Vaccination in Bombay 1924-1928 - 1924-1928
Year: 1924
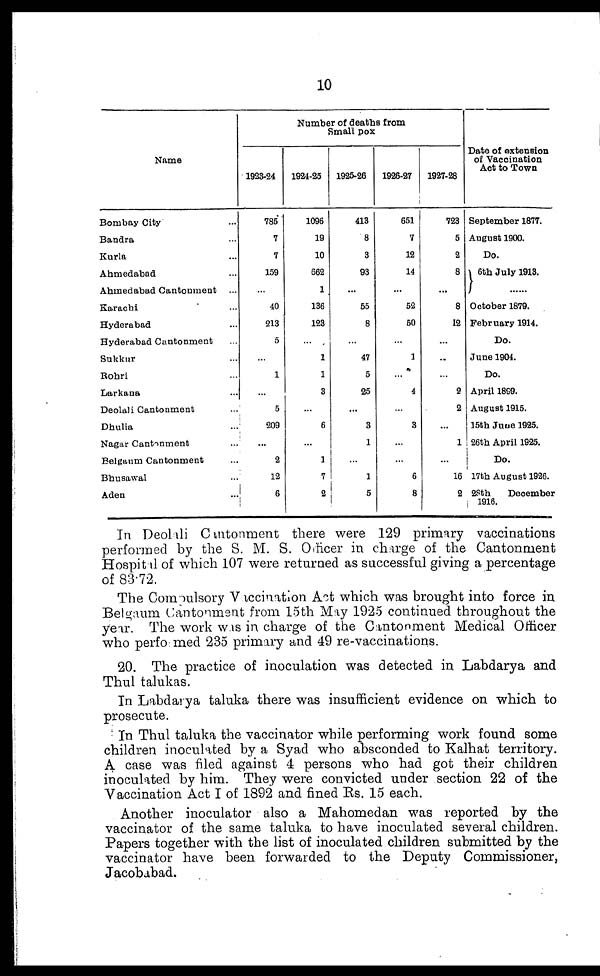
10
Name
Bombay City ...
Bandra ...
Kurla ...
Ahmedabad ...
Ahmedabad Cantonment ...
Karachi ...
Hyderabad ...
Hyderabad Cantonment ...
Sukkur ...
Rohri ...
Larkana ...
Deolali Cantonment ...
Dhulia ...
Nagar Cantonment ...
Belgaum Cantonment ...
Bhusawal ...
Aden ...
Number of deaths from
Small pox
1923-24
785
7
7
159
...
40
213
5
...
1
...
5
209
...
2
12
6
1924-25
1096
19
10
662
1
136
123
...
1
1
3
...
6
...
1
7
2
1925-26
413
8
3
93
...
55
8
...
47
5
25
...
3
1
...
1
5
1926-27
651
7
12
14
...
52
50
...
1
...
4
...
3
...
...
6
8
1927-28
723
5
2
8
...
8
12
...
...
...
2
2
...
1
...
16
2
Date of extension
of Vaccination
Act to Town
September 1877.
August 1900.
Do.
6th July 1913.
......
October 1879.
February 1914.
Do.
June 1904.
Do.
April 1899.
August 1915.
15th June 1925.
26th April 1925.
Do.
17th August 1926.
28thDecember
1916.
In Deolali Cantonment there were 129 primary vaccinations
performed by the S. M. S. Officer in charge of the Cantonment
Hospital of which 107 were returned as successful giving a percentage
of 83.72.
The Compulsory Vaccination Act which was brought into force in
Belgaum Cantonment from 15th May 1925 continued throughout the
year. The work was in charge of the Cantonment Medical Officer
who performed 235 primary and 49 re-vaccinations.
20. The practice of inoculation was detected in Labdarya and
Thul talukas.
In Labdarya taluka there was insufficient evidence on which to
prosecute.
In Thul taluka the vaccinator while performing work found some
children inoculated by a Syad who absconded to Kalhat territory.
A case was filed against 4 persons who had got their children
inoculated by him. They were convicted under section 22 of the
Vaccination Act I of 1892 and fined Rs. 15 each.
Another inoculator also a Mahomedan was reported by the
vaccinator of the same taluka to have inoculated several children.
Papers together with the list of inoculated children submitted by the
vaccinator have been forwarded to the Deputy Commissioner,
Jacobabad.